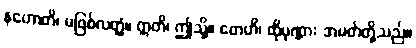
နဟောတိ၊ မဖြစ်လတ္တံ့။ ဣတိ၊ ဤသို့။ တေဟိ၊ ထိုပုဏ္ဏား အမတ်တို့သည်။